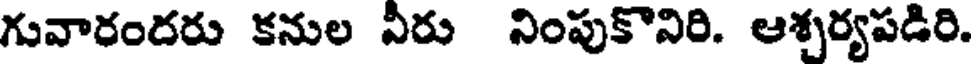
గువారందరు కనుల వీరు నింపుకొనిరి. ఆశ్చర్యపడిరి.